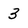
Character: 3